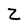
Character: z